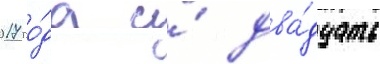
2017 го́да и́ два́дцать